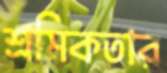
শ্রমিকতার